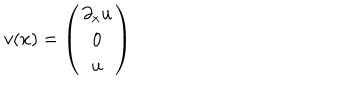
v ( x ) = \left( \begin{array} { c } { { \partial _ { x } u } } \\ { { 0 } } \\ { { u } } \\ \end{array} \right)